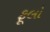
ફૂલો